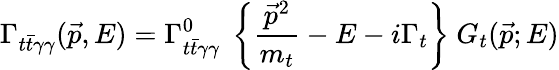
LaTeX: \Gamma_{t\bar{t}\gamma\gamma}(\vec{p},E)=\Gamma_{t\bar{t}\gamma\gamma}^{0}~\left\{ \frac{\vec{p}^{2}}{m_{t}}-E-i\Gamma_{t}\right\} ~G_{t}(\vec{p};E)